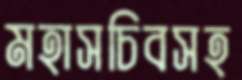
মহাসচিবসহ